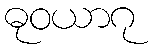
ဓုဝယာဂု